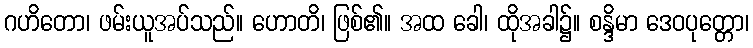
ဂဟိတော၊ ဖမ်းယူအပ်သည်။ ဟောတိ၊ ဖြစ်၏။ အထ ခေါ၊ ထိုအခါ၌။ စန္ဒိမာ ဒေဝပုတ္တော၊